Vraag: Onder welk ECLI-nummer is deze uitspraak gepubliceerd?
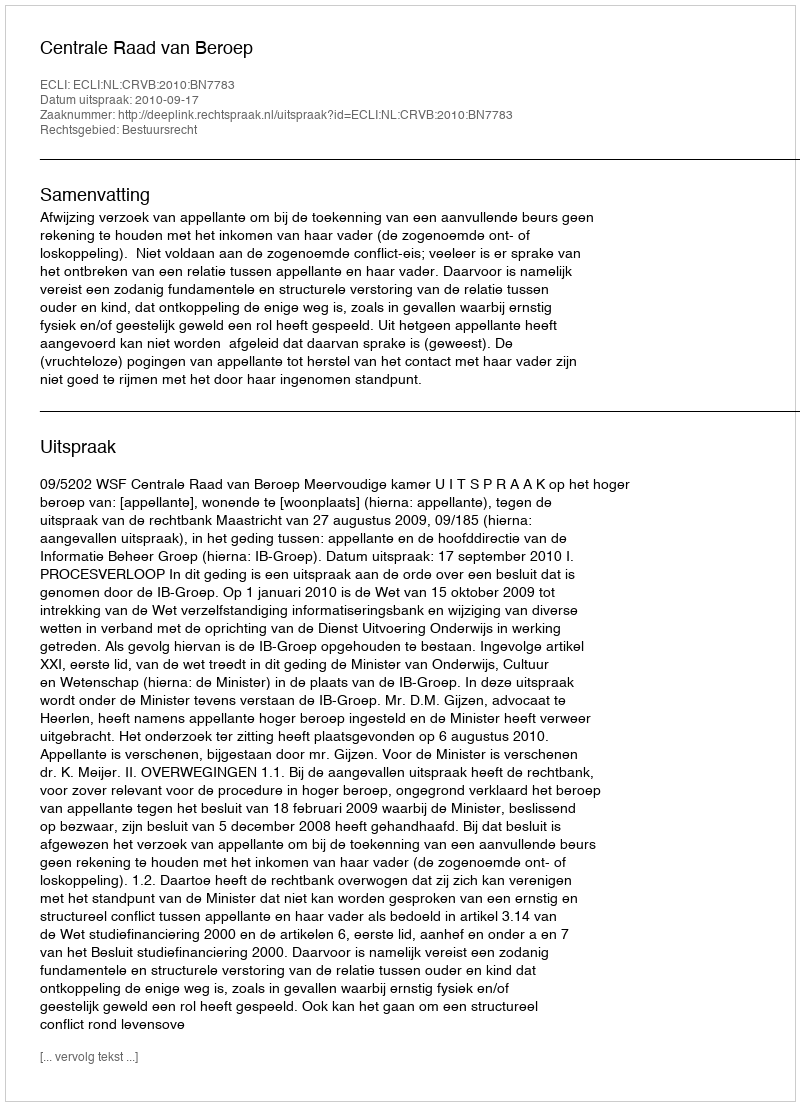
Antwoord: ECLI:NL:CRVB:2010:BN7783